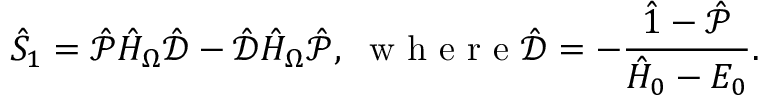
\hat { S } _ { 1 } = \hat { \mathcal { P } } \hat { H } _ { \Omega } \hat { \mathcal { { D } } } - \hat { \mathcal { D } } \hat { H } _ { \Omega } \hat { \mathcal { P } } , \; \mathrm { ~ w ~ h ~ e ~ r ~ e ~ } \hat { \mathcal { D } } = - \frac { \hat { 1 } - \hat { \mathcal { P } } } { \hat { H } _ { 0 } - E _ { 0 } } .